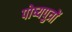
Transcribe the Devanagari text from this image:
पोष्यपुत्रों